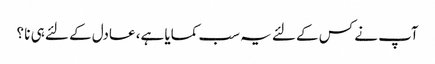
آپ نے کس کے لئے یہ سب کمایا ہے، عادل کے لئے ہی نا ؟